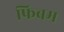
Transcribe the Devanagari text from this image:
फिबम